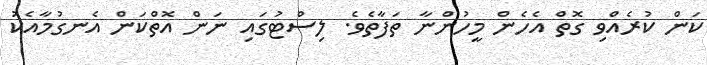
ކަން ކުރެއްވި ގޮތް އެހެން މީހުންނާ ތަފާތެވެ. ލިސްޓުގައި ނަން އޮތްކަން އެނގުމާއެކު